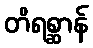
တိရစ္ဆာန်